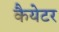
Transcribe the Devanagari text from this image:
कैयेटर